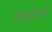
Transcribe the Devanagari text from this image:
पाइरेटबे